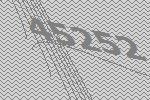
45252